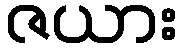
ဇယား